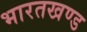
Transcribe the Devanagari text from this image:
भारतखण्ड